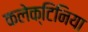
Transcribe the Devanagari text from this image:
कलेक्टिनिया